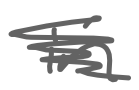
Text: in
Cross-out: scratch
Writing tool: digital_gray